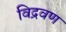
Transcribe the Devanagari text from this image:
विद्रवण